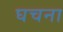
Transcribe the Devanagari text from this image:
घचना